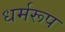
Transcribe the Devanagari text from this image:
धर्मरूप